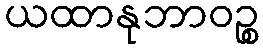
ယထာနုဘာဝဉ္စ